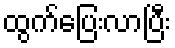
ထွက်ပြေးလာပြီး